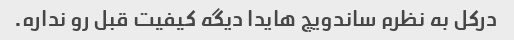
درکل به نظرم ساندویچ هایدا دیگه کیفیت قبل رو نداره.